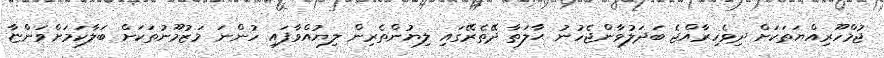
ޖުމްހޫރިއްޔަތަކަށް ދިވެހިރާއްޖެ ބަދަލުވާންޖެހުނު ޙާލަތާ ދޭތެރޭގައި ލިޔުންތެރިން ލިޔުއްވާފައި ހުންނަ މަޒުމޫނުތަކަށް ބަލާކަމަށްވަންޏާ